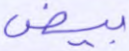
بيض